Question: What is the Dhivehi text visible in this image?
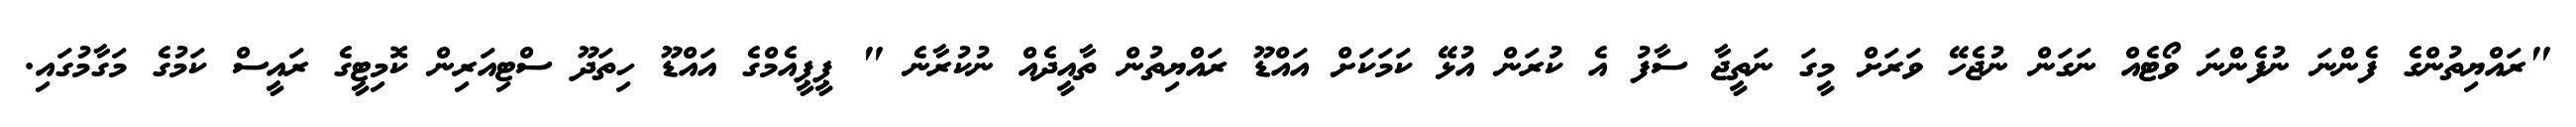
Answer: "ރައްޔިތުންގެ ފެންނަ ނުފެންނަ ވޯޓެއް ނަގަން ނުޖެހޭ ވަރަށް މީގަ ނަތީޖާ ސާފު އެ ކުރަން އުޅޭ ކަމަކަށް އައްޑޫ ރައްޔިތުން ތާއީދެއް ނުކުރާނެ " ޕީޕީއެމްގެ އައްޑޫ ހިތަދޫ ސްޓިއަރިން ކޮމިޓީގެ ރައީސް ކަމުގެ މަގާމުގައި.